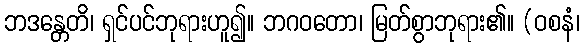
ဘဒန္တေတိ၊ ရှင်ပင်ဘုရားဟူ၍။ ဘဂဝတော၊ မြတ်စွာဘုရား၏။ (ဝစနံ၊